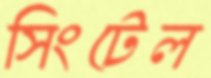
সিংটেল